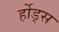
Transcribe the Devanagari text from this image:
र्होड्स